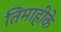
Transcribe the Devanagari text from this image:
तिमाहीके